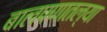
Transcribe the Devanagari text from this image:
बालपणातल्या